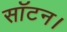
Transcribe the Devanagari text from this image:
सॉटन।